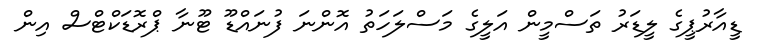
ޑީއާރުޕީގެ ލީޑަރު ތަސްމީން އަލީގެ މަސްލަހަތު އޮންނަ ފުނައްޑޫ ޓޫނާ ޕްރޮޑަކްޓްސް އިން